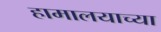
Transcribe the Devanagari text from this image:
हामालयाच्या